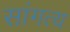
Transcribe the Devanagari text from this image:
सांगत्य